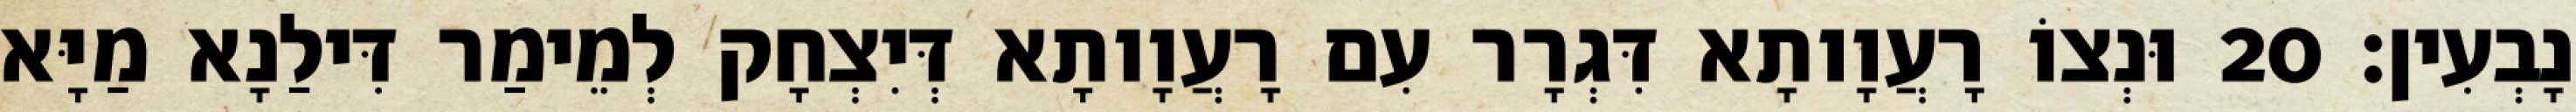
נָבְעִין׃ 20 וּנְצוֹ רָעֲוָותָא דִּגְרָר עִם רָעֲוָותָא דְּיִצְחָק לְמֵימַר דִּילַנָא מַיָּא